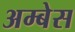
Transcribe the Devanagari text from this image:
अम्बेस